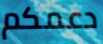
دعمكم